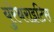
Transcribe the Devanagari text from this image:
युरेथराइटिस